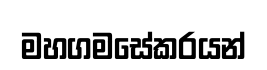
මහගමසේකරයන්